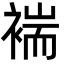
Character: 褍